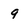
Character: q